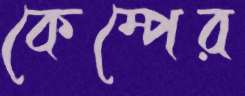
কেম্পের